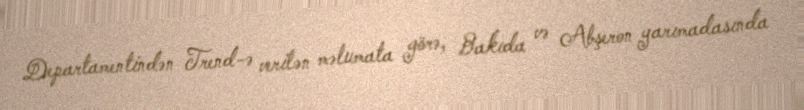
Departamentindən Trend-ə verilən məlumata görə, Bakıda və Abşeron yarımadasında